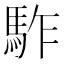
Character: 𩢐